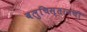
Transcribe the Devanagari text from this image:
बलुचिस्तानची